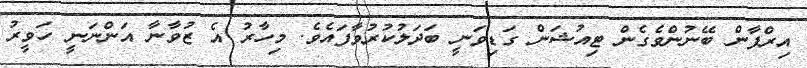
އިރްފާން ބޭނުންވެގެން ޓިއުޝަން ގަޑިވަނީ ބަދަލުކުރުވާފައެވެ. މިހާރު އެ ޒުވާނާ އަންނަނީ ހަވީރު